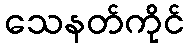
သေနတ်ကိုင်